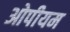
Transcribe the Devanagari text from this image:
ओपीयम